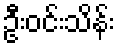
ဦးဝင်းသိန်း